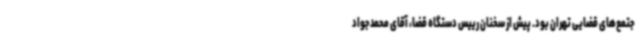
جتمع‌های قضایی تهران بود. پیش از سخنان رییس دستگاه قضا، آقای محمدجواد